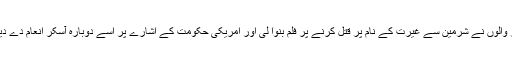
آسکر والوں نے شرمین سے غیرت کے نام پر قتل کرنے پر فلم بنوا لی اور امریکی حکومت کے اشارے پر اسے دوبارہ آسکر انعام دے دیا گیا۔